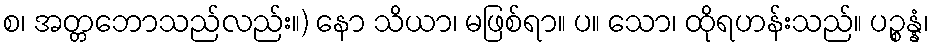
စ၊ အတ္တဘောသည်လည်း။) နော သိယာ၊ မဖြစ်ရာ။ ပ။ သော၊ ထိုရဟန်းသည်။ ပဉ္စန္နံ၊